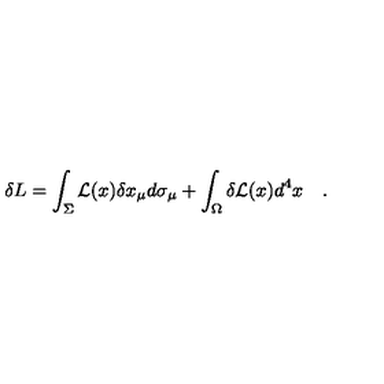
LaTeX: \delta L = \int _ { \Sigma } { \cal L } ( x ) \delta x _ { \mu } d \sigma _ { \mu } + \int _ { \Omega } \delta { \cal L } ( x ) d ^ { 4 } x \quad .